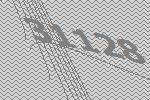
31128